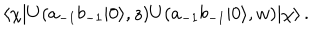
LaTeX: \langle \chi | U ( a _ { - 1 } b _ { - 1 } | 0 \rangle , z ) U ( a _ { - 1 } b _ { - 1 } | 0 \rangle , w ) | \chi \rangle \, .